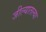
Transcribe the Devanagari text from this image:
जील्यातल्या